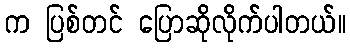
က ပြစ်တင် ပြောဆိုလိုက်ပါတယ်။